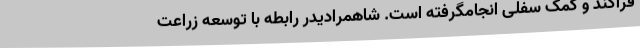
قراکند و کمک سفلی انجامگرفته است. شاهمرادیدر رابطه با توسعه زراعت